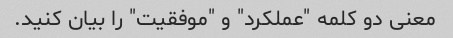
معنی دو کلمه "عملکرد" و "موفقیت" را بیان کنید.